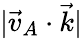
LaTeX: |\vec{v}_{A}\cdot\vec{k}|